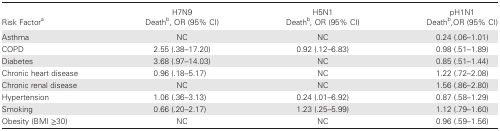
| <ROWSPAN=2> Risk Factora | H7N9 | H5N1 | pH1N1 |
 | Deathb, OR (95% CI) | Deathb, OR (95% CI) | Deathb,OR (95% CI) |
 | --- | --- | --- | --- |
 | Asthma | NC | NC | 0.24 (.06–1.01) |
 | COPD | 2.55 (.38–17.20) | 0.92 (.12–6.83) | 0.98 (.51–1.89) |
 | Diabetes | 3.68 (.97–14.03) | NC | 0.85 (.51–1.44) |
 | Chronic heart disease | 0.96 (.18–5.17) | NC | 1.22 (.72–2.08) |
 | Chronic renal disease | NC | NC | 1.56 (.86–2.80) |
 | Hypertension | 1.06 (.36–3.13) | 0.24 (.01–6.92) | 0.87 (.58–1.29) |
 | Smoking | 0.66 (.20–2.17) | 1.23 (.25–5.99) | 1.12 (.79–1.60) |
 | Obesity (BMI ≥30) | NC | NC | 0.96 (.59–1.56) |